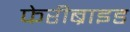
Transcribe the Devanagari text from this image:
फेरीब्राइड